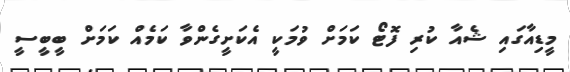
މީޑިއާގައި ޝެއާ ކުރި ފޮޓޯ ކަމަށް ވުމަކީ އެކަށީގެންވާ ކަމެއް ކަމަށް ބީބީސީ